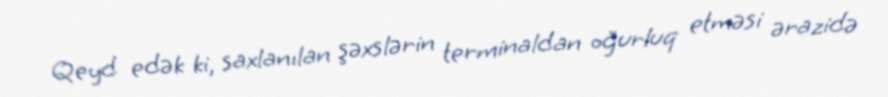
Qeyd edək ki, saxlanılan şəxslərin terminaldan oğurluq etməsi ərazidə